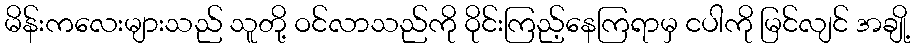
မိန်းကလေးများသည် သူတို့ ဝင်လာသည်ကို ဝိုင်းကြည့်နေကြရာမှ ငပါကို မြင်လျင် အချို့